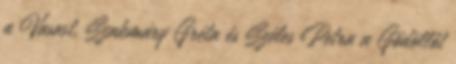
a Vasast, Szakmáry Gréta és Széles Petra a Gödöllőt